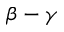
\beta - \gamma